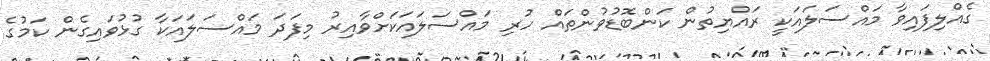
ގެއްލިފައިވާ މައްސަލައަކީ ރައްޔިތުން ކަންބޮޑުވުންތައް ހުރި މައްސަލައަކަށްވާއިރު މިފަދަ މައްސަލައަކާ ގުޅުވައިގެން ކަމުގެ